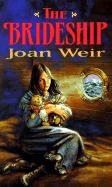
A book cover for Brideship; Joan Weir; Teen & Young Adult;